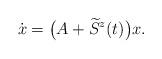
LaTeX: \begin{align*}\dot{x}=\big(A+\widetilde{S}^z(t)\big)x. \end{align*}